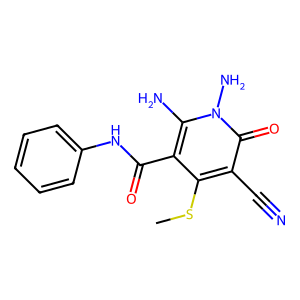
SMILES: CSc1c(C(=O)Nc2ccccc2)c(N)n(N)c(=O)c1C#N
Inhibits HIV replication: No